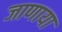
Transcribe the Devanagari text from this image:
जाणाया